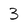
Character: 3